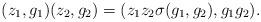
LaTeX: \begin{align*}(z_1,g_1)(z_2,g_2)=(z_1 z_2\sigma(g_1,g_2),g_1g_2).\end{align*}